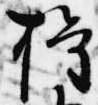
権